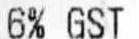
6% GST